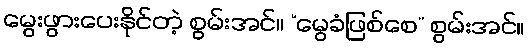
မွေးဖွားပေးနိုင်တဲ့ စွမ်းအင်။ “မွေခံဖြစ်စေ” စွမ်းအင်။